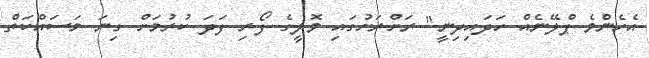
އެހެންވެ ޕްލޭނެއް ހަދައިދިނީ" ރަށްރަށުގައި ވޮލީގެ ފޯރި ފަދަ ކުރުމަށް ގިނަ މަސައްކަތް